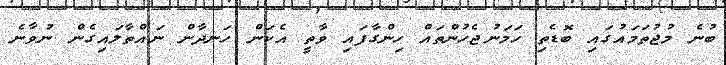
ބުނެ މުޖުތަމައުގައި ބޮޑެތި ހަމަނުޖެހުންތައް ހިންގާފައި ވާތީ އެކަން ހަނދާން ނައްތާލައިގެން ނުވާނެ